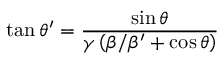
\tan { \theta ^ { \prime } } = { \frac { \sin { \theta } } { \gamma \left( \beta / \beta ^ { \prime } + \cos { \theta } \right) } }